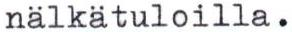
nälkätuloilla.